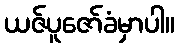
ယဇ်ပူဇော်ခံမှာပါ။